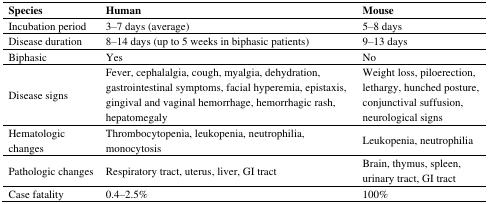
<table><thead><tr><td><b>Species</b></td><td><b>Human</b></td><td><b>Mouse</b></td></tr></thead><tbody><tr><td>Incubation period</td><td>3–7 days (average)</td><td>5–8 days</td></tr><tr><td>Disease duration</td><td>8–14 days (up to 5 weeks in biphasic patients)</td><td>9–13 days</td></tr><tr><td>Biphasic</td><td>Yes</td><td>No</td></tr><tr><td>Disease signs</td><td>Fever, cephalalgia, cough, myalgia, dehydration, gastrointestinal symptoms, facial hyperemia, epistaxis, gingival and vaginal hemorrhage, hemorrhagic rash, hepatomegaly</td><td>Weight loss, piloerection, lethargy, hunched posture, conjunctival suffusion, neurological signs</td></tr><tr><td>Hematologic changes</td><td>Thrombocytopenia, leukopenia, neutrophilia, monocytosis</td><td>Leukopenia, neutrophilia</td></tr><tr><td>Pathologic changes</td><td>Respiratory tract, uterus, liver, GI tract</td><td>Brain, thymus, spleen, urinary tract, GI tract</td></tr><tr><td>Case fatality</td><td>0.4–2.5%</td><td>100%</td></tr></tbody></table>